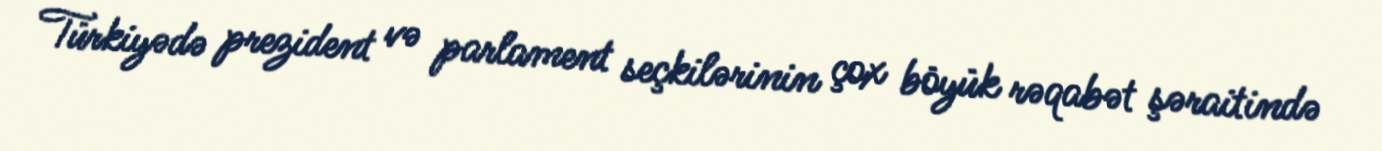
Türkiyədə prezident və parlament seçkilərinin çox böyük rəqabət şəraitində